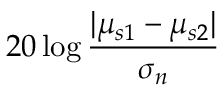
2 0 \log \frac { \lvert \mu _ { s 1 } - \mu _ { s 2 } \rvert } { \sigma _ { n } }